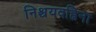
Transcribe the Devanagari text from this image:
निश्चयवह्निना